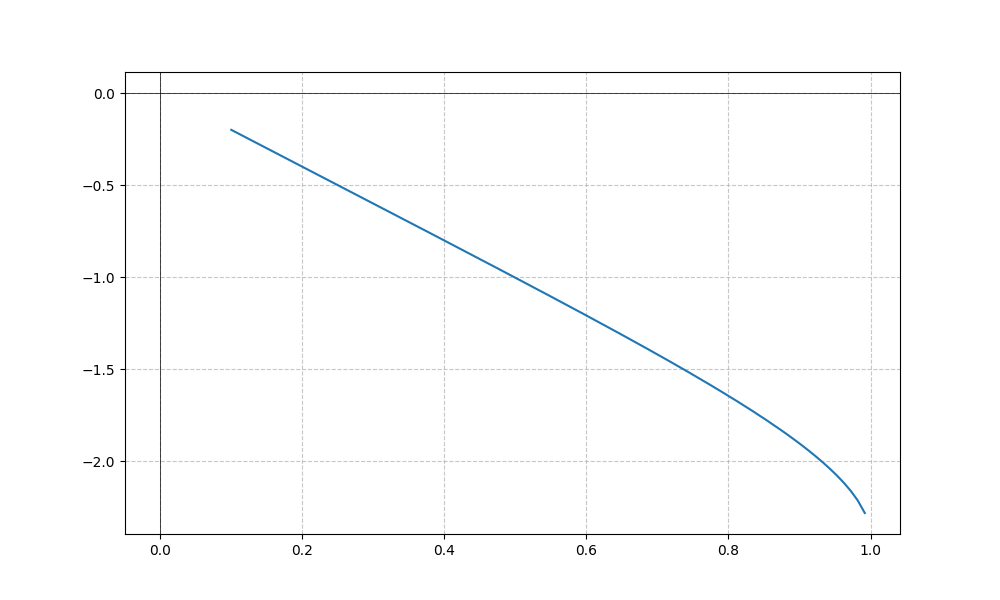
LaTeX formula: - \sin{\left(x \right)} - \operatorname{asin}{\left(x \right)}